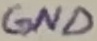
Text: GND